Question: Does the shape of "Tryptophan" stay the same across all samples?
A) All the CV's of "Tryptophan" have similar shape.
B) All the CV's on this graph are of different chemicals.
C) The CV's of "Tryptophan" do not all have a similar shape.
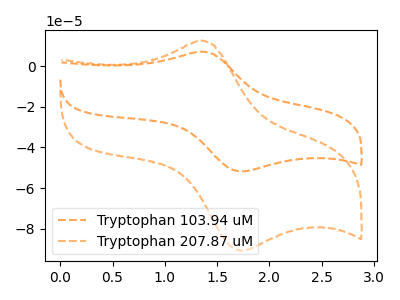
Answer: <think>The orange dashed curve "Tryptophan 103.94 uM" has an anodic peak at (1.35V, 7.10uA) and a cathodic peak at (1.75V, -51.85uA). The orange dashed curve "Tryptophan 207.87 uM" has an anodic peak at (1.35V, 12.45uA) and a cathodic peak at (1.75V, -90.90uA).
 All the peaks in "Tryptophan 103.94 uM" have a peak in "Tryptophan 207.87 uM" at the same potential. Every peak in "Tryptophan 103.94 uM" is lower than every peak in "Tryptophan 207.87 uM".</think>
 <answer>A) All the CV's of "Tryptophan" have similar shape.</answer>
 <eval>A</eval>